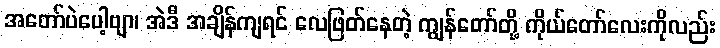
အတော်ပဲပေါ့ဗျာ၊ အဲဒီ အချိန်ကျရင် လေဖြတ်နေတဲ့ ကျွန်တော်တို့ ကိုယ်တော်လေးကိုလည်း